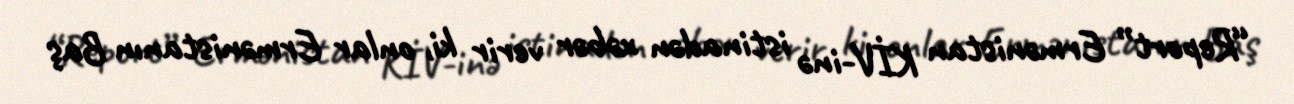
“Report” Ermənistan KİV-inə istinadən xəbər verir ki, onlar Ermənistanın Baş